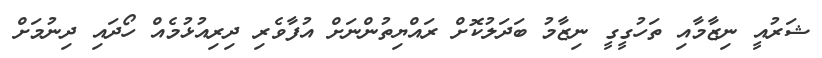
ޝަރުއީ ނިޒާމާއި ތަހުގީގީ ނިޒާމު ބަދަލުކޮށް ރައްޔިތުންނަށް އުފާވެރި ދިރިއުޅުމެއް ހޯދައި ދިނުމަށް